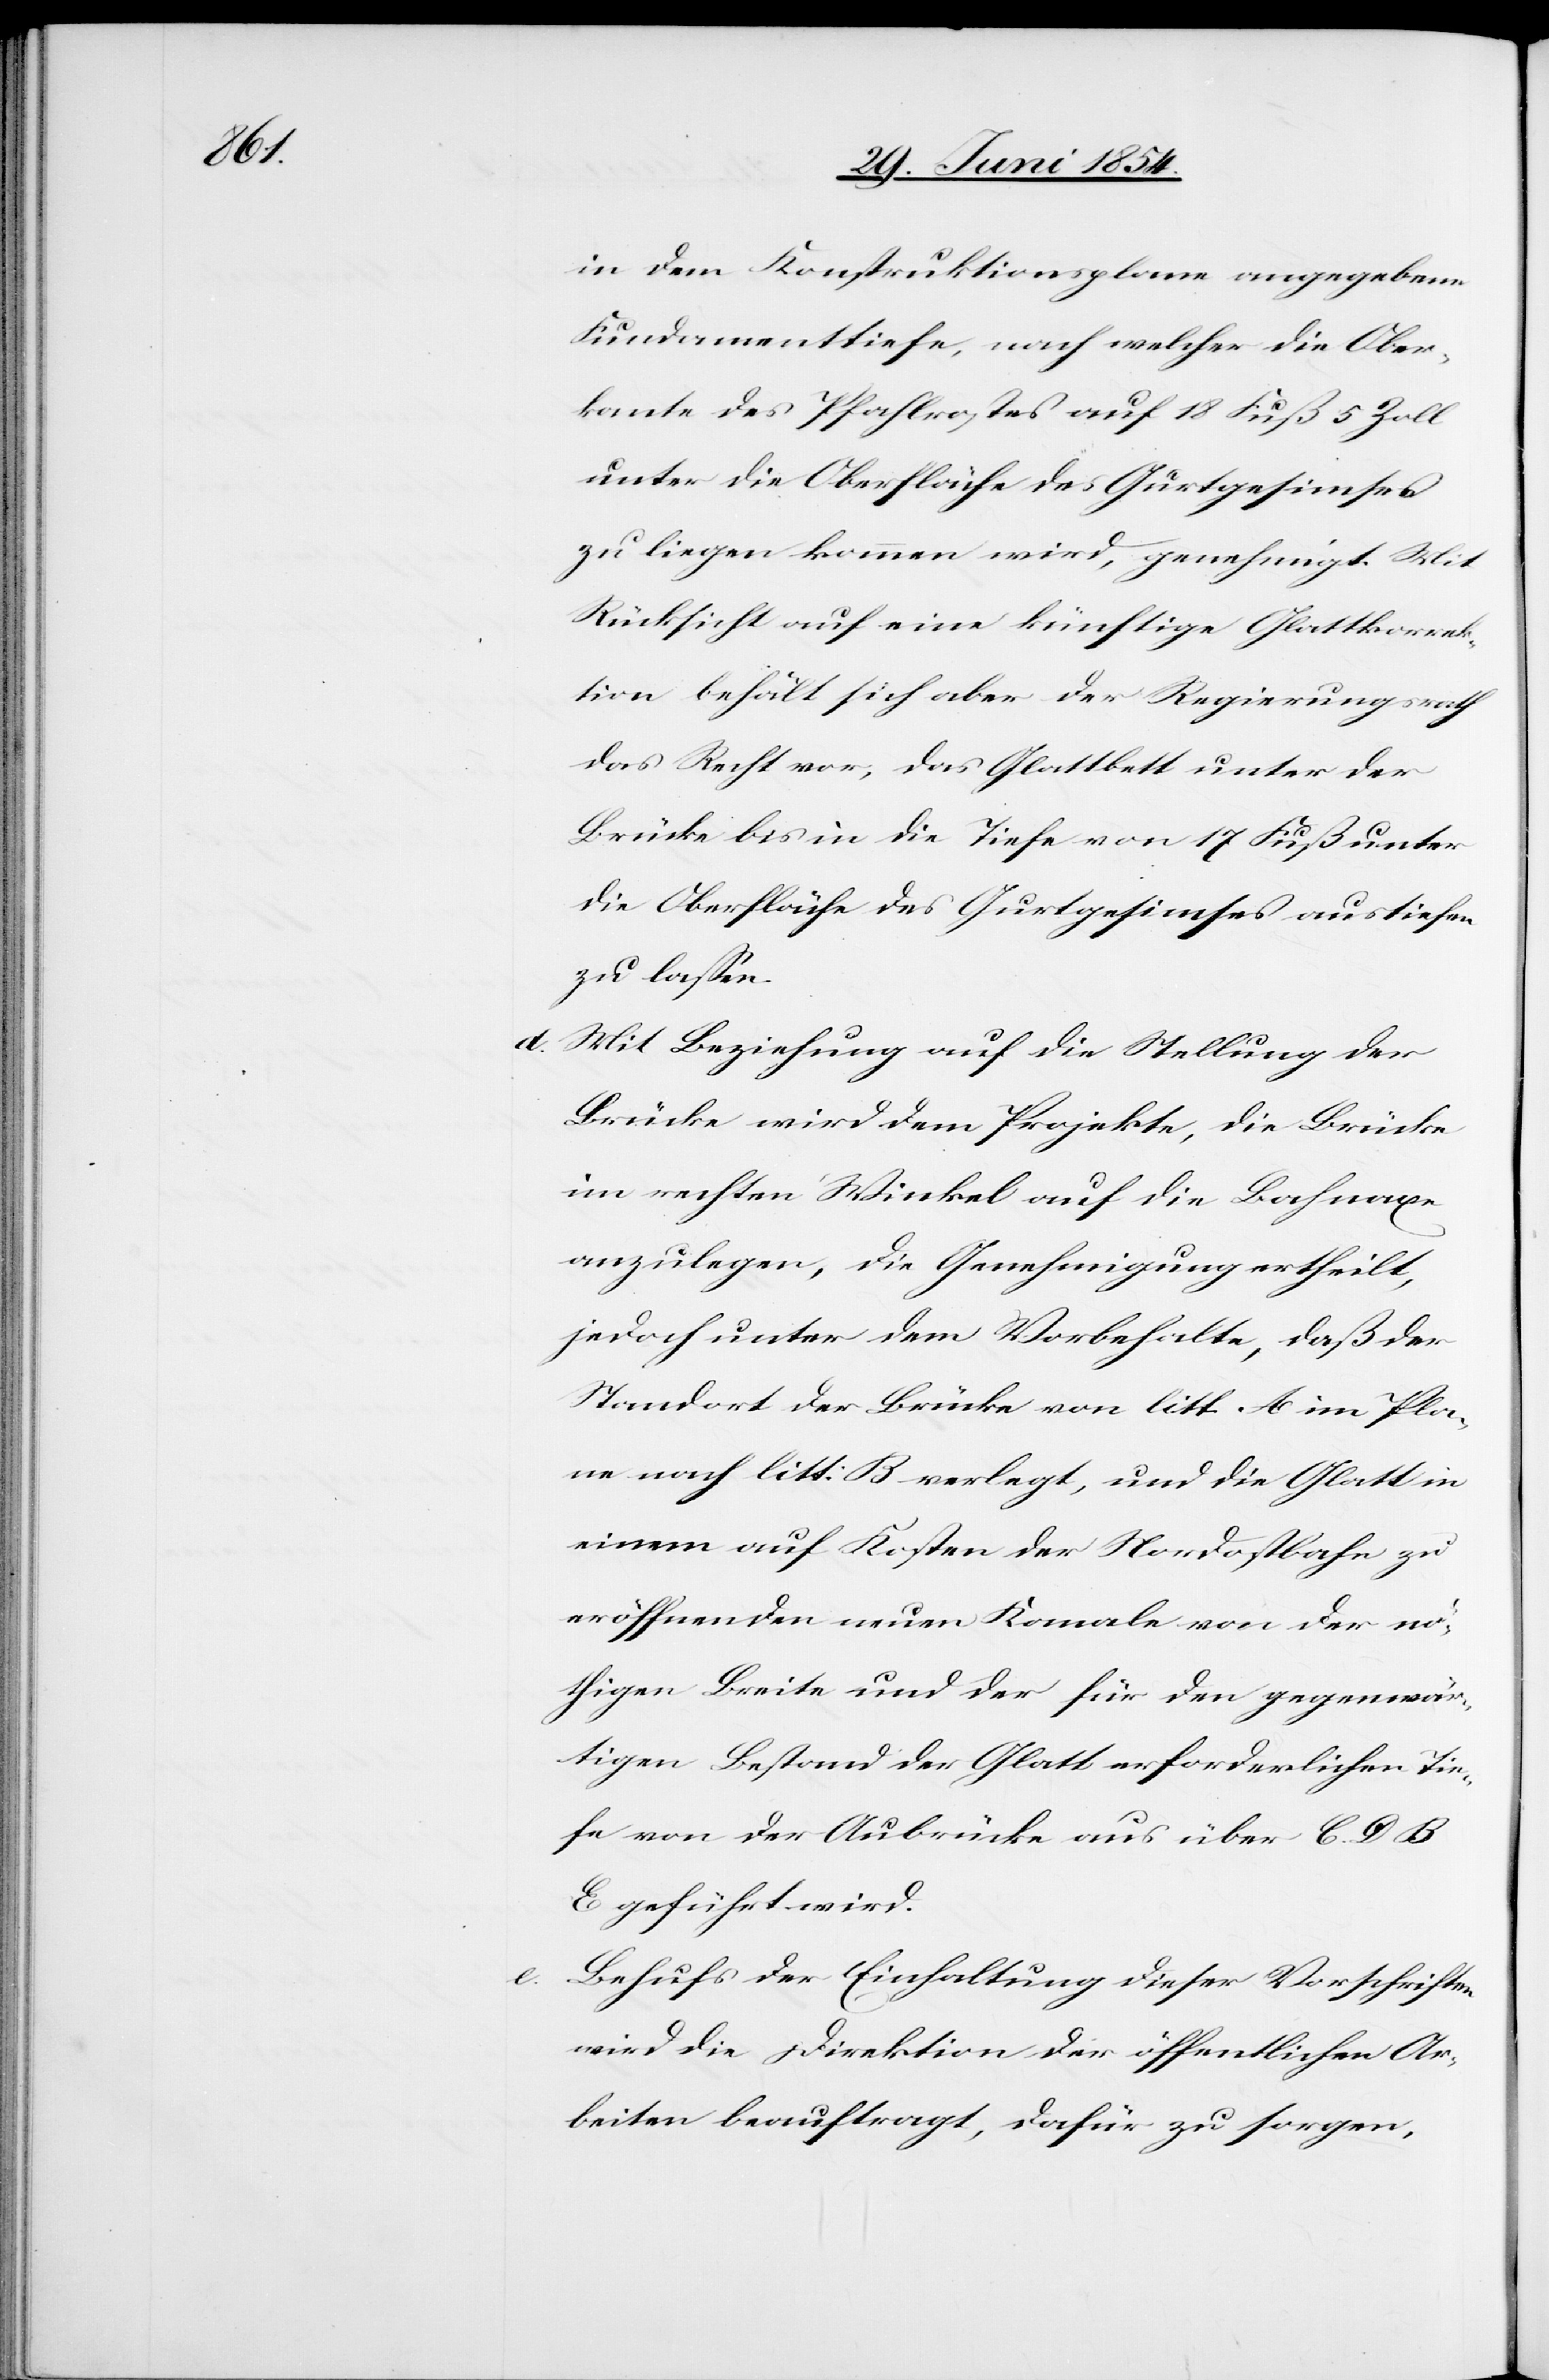
in dem Konstruktionsplane angegebene
Fundamenttiefe, nach welcher die Ober¬
kante des Pfahlrostes auf 18 Fuß 5 Zoll
unter die Oberfläche des Gurtgesimses
zu liegen kommen wird, genehmigt. Mit
Rücksicht auf eine künftige Glattkorrek¬
tion behält sich aber der Regierungsrath
das Recht vor, das Glattbett unter der
Brücke bis in die Tiefe von 17 Fuß unter
die Oberfläche des Gurtgesimses austiefen
zu laßen.
Mit Beziehung auf die Stellung der
Brücke wird dem Projekte, die Brücke
im rechten Winkle auf die Bahnaxe
anzulegen, die Genehmigung ertheilt,
jedoch unter dem Vorbehalte, daß der
Standort der Brücke von litt. A im Pla¬
ne nach litt. B verlegt, und die Glatt in
einem auf Kosten der Nordostbahn zu
eröffnenden neuen Kanale von der nö¬
thigen Breite und der für den gegenwär¬
tigen Bestand der Glatt erforderlichen tie¬
fe von der Aubrücke aus über C. D. B
E geführt wird.
e.[)] Behufs der Einhaltung dieser Vorschriften
wird die Direktion der öffentlichen Ar¬
beiten beauftragt, dafür zu sorgen,